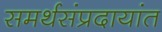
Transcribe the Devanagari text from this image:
समर्थसंप्रदायांत